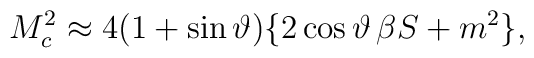
M_c^2 \approx 4(1+\sin\vartheta)\{2\cos\vartheta\,\beta S + m^2\},